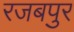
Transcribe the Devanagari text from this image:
रजबपुर